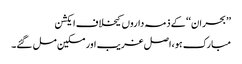
’’بحران‘‘ کے ذمہ داروں کیخلاف ایکشن
مبارک ہو،اصل غریب اور مسکین مل گئے۔